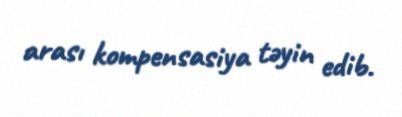
arası kompensasiya təyin edib.